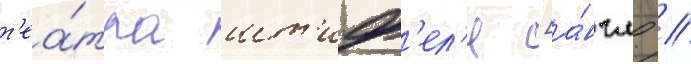
т'еа́тра шт'иф'ел'я [а́нгл. //